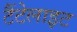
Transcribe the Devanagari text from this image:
टैंटेलाइट